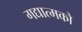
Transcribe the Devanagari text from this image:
गद्यात्‍मको